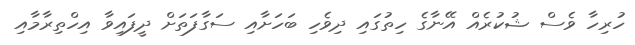
ހުރިހާ ވެސް ޝުކުރެއް އޭނާގެ ހިތުގައި ދިވެހި ބަހަށާއި ސަގާފަތަށް ދީފައިވާ އިހްތިރާމާއި